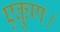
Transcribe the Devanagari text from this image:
एकूण।